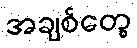
အချစ်တွေ